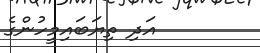
އަދި ތިޔަބައިމީހުންގެ